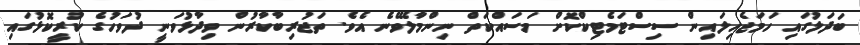
ބަދަލުގައި ހަމަޖެހިލައިން ސިސްޓަމެޓިކްކޮށް މަސައްކަތް ނިންމާލެވޭނެ އެވެ. ތަޖުރިބާކާރުން ވިދާޅުވަނީ ދުވަހުގެ ކުރީކޮޅުގައި